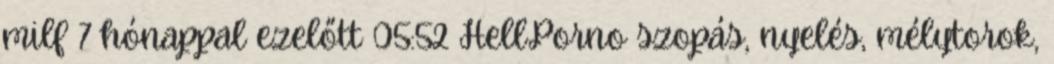
milf 7 hónappal ezelőtt 05:52 HellPorno szopás, nyelés, mélytorok,